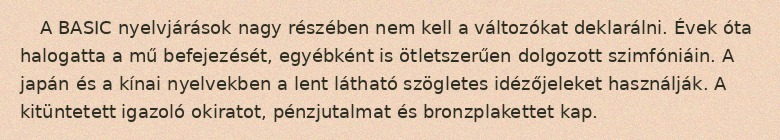
A BASIC nyelvjárások nagy részében nem kell a változókat deklarálni. Évek óta halogatta a mű befejezését, egyébként is ötletszerűen dolgozott szimfóniáin. A japán és a kínai nyelvekben a lent látható szögletes idézőjeleket használják. A kitüntetett igazoló okiratot, pénzjutalmat és bronzplakettet kap.